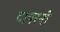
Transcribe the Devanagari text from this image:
टायरनी